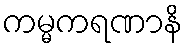
ကမ္မကရဏာနိ